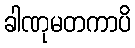
ခါဏုမတကာပိ